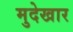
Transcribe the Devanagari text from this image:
मुदेखार